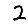
Digit: 2